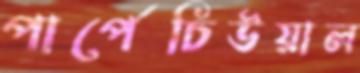
পার্পেচিউয়াল